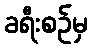
ခရီးစဉ်မှ